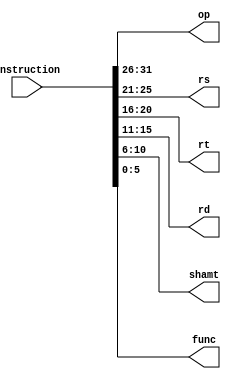
`timescale 1ns / 1ps
//////////////////////////////////////////////////////////////////////////////////
// Company:
// Engineer:
//
// Design Name:
// Module Name: control_unit
// Project Name:
// Target Devices:
// Tool Versions:
// Description:
//
// Dependencies:
//
// Revision:
// Revision 0.01 - File Created
// Additional Comments:
//
//////////////////////////////////////////////////////////////////////////////////


module control_unit_instruction_spliter(
	instruction,
	op, rs, rt, rd, shamt, func
);
	input [31:0] instruction;
	output [5:0] op;
	output [4:0] rs;
	output [4:0] rt;
	output [4:0] rd;
	output [4:0] shamt;
	output [5:0] func;

	assign op = instruction[31:26];
	assign rs = instruction[25:21];
	assign rt = instruction[20:16];
	assign rd = instruction[15:11];
	assign shamt = instruction[10:6];
	assign func = instruction[5:0];
endmodule

module Itype_decoder(
	op,
	_addi, _addiu, _andi, _ori, _xori, _lui, _lw, _sw, _beq, _bne, _slti, _sltiu
);
	input [5:0] op;
	output _addi, _addiu, _andi, _ori, _xori, _lui, _lw, _sw, _beq, _bne, _slti, _sltiu;

	assign _addi = ~op[5] & ~op[4] & op[3] & ~op[2] & ~op[1] & ~op[0];
	assign _addiu = ~op[5] & ~op[4] & op[3] & ~op[2] & ~op[1] & op[0];
	assign _andi = ~op[5] & ~op[4] & op[3] & op[2] & ~op[1] & ~op[0];
	assign _ori = ~op[5] & ~op[4] & op[3] & op[2] & ~op[1] & op[0];
	assign _xori = ~op[5] & ~op[4] & op[3] & op[2] & op[1] & ~op[0];
	assign _lui = ~op[5] & ~op[4] & op[3] & op[2] & op[1] & op[0];
	assign _lw = op[5] & ~op[4] & ~op[3] & ~op[2] & op[1] & op[0];
	assign _sw = op[5] & ~op[4] & op[3] & ~op[2] & op[1] & op[0];
	assign _beq = ~op[5] & ~op[4] & ~op[3] & op[2] & ~op[1] & ~op[0];
	assign _bne = ~op[5] & ~op[4] & ~op[3] & op[2] & ~op[1] & op[0];
	assign _slti = ~op[5] & ~op[4] & op[3] & ~op[2] & op[1] & ~op[0];
	assign _sltiu = ~op[5] & ~op[4] & op[3] & ~op[2] & op[1] & op[0];
endmodule

module Rtype_decoder(
	func, opiszero,
	_add, _addu, _sub, _subu, _and, _or, _xor, _nor, _slt, _sltu,
	_sll, _srl, _sra, _sllv, _srlv, _srav, _jr, _syscall
);
	input [5:0] func;
	input opiszero;

	output _add, _addu, _sub, _subu, _and, _or, _xor, _nor, _slt, _sltu, _sll, _srl;
	output _sra, _sllv, _srlv, _srav, _jr, _syscall;

	assign _add = func[5] & ~func[4] & ~func[3] & ~func[2] & ~func[1] & ~func[0] & opiszero;
	assign _addu = func[5] & ~func[4] & ~func[3] & ~func[2] & ~func[1] & func[0] & opiszero;
	assign _sub = func[5] & ~func[4] & ~func[3] & ~func[2] & func[1] & ~func[0] & opiszero;
	assign _subu = func[5] & ~func[4] & ~func[3] & ~func[2] & func[1] & func[0] & opiszero;
	assign _and = func[5] & ~func[4] & ~func[3] & func[2] & ~func[1] & ~func[0] & opiszero;
	assign _or = func[5] & ~func[4] & ~func[3] & func[2] & ~func[1] & func[0] & opiszero;
	assign _xor = func[5] & ~func[4] & ~func[3] & func[2] & func[1] & ~func[0] & opiszero;
	assign _nor = func[5] & ~func[4] & ~func[3] & func[2] & func[1] & func[0] & opiszero;
	assign _slt = func[5] & ~func[4] & func[3] & ~func[2] & func[1] & ~func[0] & opiszero;
	assign _sltu = func[5] & ~func[4] & func[3] & ~func[2] & func[1] & func[0] & opiszero;
	assign _sll = ~func[5] & ~func[4] & ~func[3] & ~func[2] & ~func[1] & ~func[0] & opiszero;
	assign _srl = ~func[5] & ~func[4] & ~func[3] & ~func[2] & func[1] & ~func[0] & opiszero;

	assign _sra = ~func[5] & ~func[4] & ~func[3] & ~func[2] & func[1] & func[0] & opiszero;
	assign _sllv = ~func[5] & ~func[4] & ~func[3] & func[2] & ~func[1] & ~func[0] & opiszero;
	assign _srlv = ~func[5] & ~func[4] & ~func[3] & func[2] & func[1] & ~func[0] & opiszero;
	assign _srav = ~func[5] & ~func[4] & ~func[3] & func[2] & func[1] & func[0] & opiszero;
	assign _jr = ~func[5] & ~func[4] & func[3] & ~func[2] & ~func[1] & ~func[0] & opiszero;
	assign _syscall = ~func[5] & ~func[4] & func[3] & func[2] & ~func[1] & ~func[0] & opiszero;

endmodule


module Jtype_decoder(
	op,
	j, jal
);
	input [5:0] op;
	output j, jal;

	assign j = ~op[5] & ~op[4] & ~op[3] & ~op[2] & op[1] & ~op[0];
	assign jal = ~op[5] & ~op[4] & ~op[3] & ~op[2] & op[1] & op[0];

endmodule


module control_unit(
	instruction,
	isCop, isCopread, jump, J_type, beq, bne, I_type, AluSrc,  R_type, RegDst,
    MemWrite, MemRead, MemtoReg, RegWrite, shift, syscall, Unsigned, jr, jal,
    isHalf, bltz, AluOp, _or
);
	input [31:0] instruction;

	output isCop, isCopread, jump, J_type, beq, bne, I_type, AluSrc,  R_type, RegDst,
	       MemWrite, MemRead, MemtoReg, RegWrite, shift, syscall, Unsigned, jr, jal,
	       isHalf, bltz, _or;
	output reg [3:0] AluOp = 0;


	wire [5:0] op;
	wire [4:0] rs;
	wire [4:0] rt;
	wire [4:0] rd;
	wire [4:0] shamt;
	wire [5:0] func;

	wire _addi, _addiu, _andi, _ori, _xori, _lui, _lw, _sw, _beq, _bne, _slti, _sltiu;
	wire _j, _jal;
	wire _add, _addu, _sub, _subu, _and, _or, _xor, _nor, _slt, _sltu, _sll, _srl,
		_sra, _sllv, _srlv, _srav, _jr, _syscall;

	control_unit_instruction_spliter split(instruction, op, rs, rt, rd, shamt, func);
	Itype_decoder i_decode(op,
		_addi, _addiu, _andi, _ori, _xori, _lui, _lw, _sw, _beq, _bne, _slti, _sltiu);

	wire opiszero, shamt_is_0;

	assign opiszero = (op == 6'h0) ? 1 : 0;

	Jtype_decoder j_decode(op, _j, _jal);

	Rtype_decoder R_decode(func, opiszero,
		_add, _addu, _sub, _subu, _and, _or, _xor, _nor, _slt, _sltu, _sll, _srl,
		_sra, _sllv, _srlv, _srav, _jr, _syscall);

	assign shamt_is_0 = (shamt == 5'h0) ? 1 : 0;

	wire lh, lw, bltz, rt_is0, com_branch, isLoad;

	assign lh = (op == 6'b100001) ? 1 : 0;
	assign isLoad = _lw | lh;
	assign rs_is0 = (rs == 5'h0) ? 1 : 0;
	assign rt_is0 = (rt == 5'h0) ? 1 : 0;
	assign isCopread = rs_is0;
	assign isCop = (op == 6'b010000) ? 1 : 0;
	assign com_branch = (op == 6'b000001) ? 1 : 0;
	assign bltz = rt_is0 & com_branch;

	assign J_type = _j | _jal;
	assign jump = J_type;
	assign beq = _beq;
	assign bne = _bne;
	assign I_type = (~opiszero & ~_jal & ~_j);
	assign R_type = opiszero;
	assign RegDst = opiszero;
	assign MemWrite = _sw;
	assign MemRead = isLoad;
	assign MemtoReg = isLoad;
	assign AluSrc = (I_type & ~_beq & ~_bne);

	wire isAdd, isAnd, isSub, isOr, isXor, COM;

	assign isAdd = (_lw | _addu | _addiu | _addi | _add | _sw);
	assign isAnd = (_and | _andi);
	assign isSub = (_sub | _subu);
	assign COM = (_slt | bltz | _slti);
	assign isOr = (_ori | _or);
	assign isXor = (_xori | _xori);

	assign RegWrite = (_addi | _jal | _addiu | _andi | _ori | isLoad | _xori | _slti | (isCop & isCopread) | (opiszero & ~_jr & ~_syscall));

	assign shift = (_sll | _srl | _sra);
	assign syscall = _syscall;

	assign Unsigned = (_addiu | _addu | _subu | _sltu);
	assign jr = _jr;
	assign jal = _jal;
	assign isHalf = lh;
	always @ ( instruction or _sra or _srl or isAdd or isSub or isOr or isXor or _nor or COM or _sltu) begin
			if (_sra) begin
				AluOp = 4'h1;
			end
			else if (_srl) begin
				AluOp = 4'h2;
			end
			else if (isAdd) begin
				AluOp = 4'h5;
			end
			else if (isSub) begin
				AluOp = 4'h6;
			end
			else if (isAnd) begin
				AluOp = 4'h7;
			end
			else if (isOr) begin
				AluOp = 4'h8;
			end
			else if (isXor) begin
				AluOp = 4'h9;
			end
			else if (_nor) begin
				AluOp = 4'ha;
			end
			else if (COM) begin
				AluOp = 4'hb;
			end
			else if (_sltu) begin
				AluOp = 4'hc;
			end
			else
			    AluOp = 0;
	end
endmodule